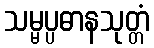
သမ္မပ္ပဓာနသုတ္တံ